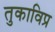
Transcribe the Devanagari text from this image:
तुकाविप्र